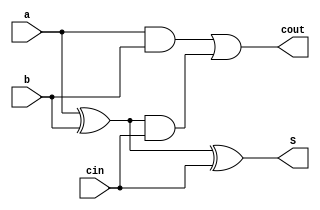
module fullAdder(a, b, cin, S, cout);
input a, b, cin;
output S, cout;

wire x1_, a1_, a2_;

xor x1(x1_, a, b);
and a1(a1_, a, b);
xor x2(S, x1_, cin);
and a2(a2_, x1_, cin);
or o1(cout, a1_, a2_);

endmodule